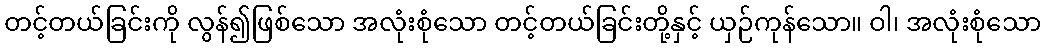
တင့်တယ်ခြင်းကို လွန်၍ဖြစ်သော အလုံးစုံသော တင့်တယ်ခြင်းတို့နှင့် ယှဉ်ကုန်သော။ ဝါ၊ အလုံးစုံသော